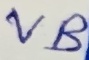
Text: VB